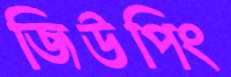
জিউপিং